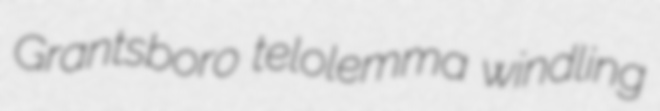
Grantsboro telolemma windling